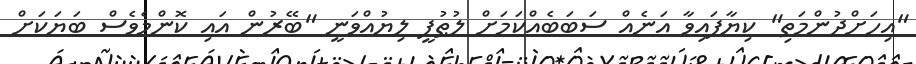
"އިހަށްދުންމަތި" ކިޔާފައިވާ އަނެއް ސަބަބެއްކަމަށް ލުޠުފީ ލިޔުއްވަނީ "ބޭރުން އައި ކޮންމެވެސް ބަޔަކަށް